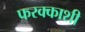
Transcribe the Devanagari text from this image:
फरक्काशी